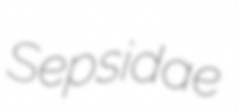
Sepsidae